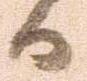
日